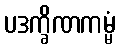
ပဒက္ခိဏကမ္မံ